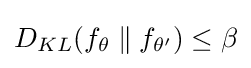
D_{KL}(f_{\theta }\parallel f_{\theta '})\leq \beta